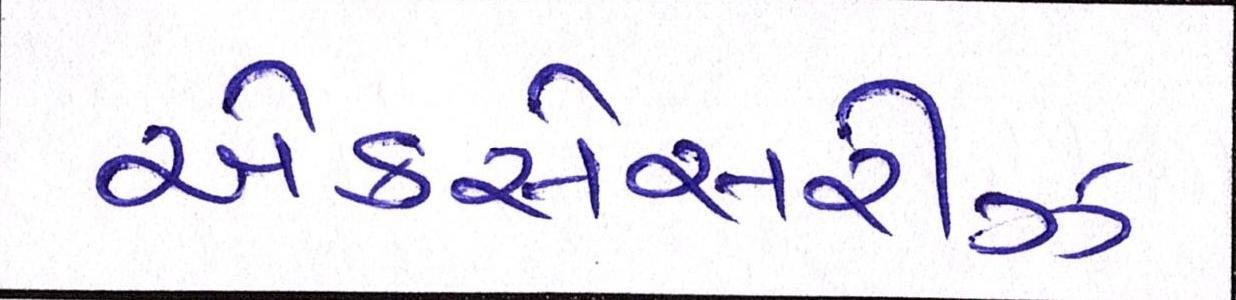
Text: એકસેસરીઝ